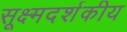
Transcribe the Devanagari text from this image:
सूक्ष्मदर्शकीय